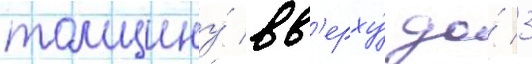
толщину́ вв'ерху́ до́ 3